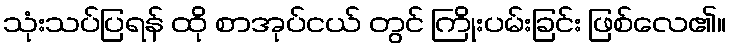
သုံးသပ်ပြရန် ထို စာအုပ်ငယ် တွင် ကြိုးပမ်းခြင်း ဖြစ်လေ၏။